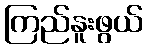
ကြည်နူးဖွယ်